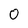
Character: O